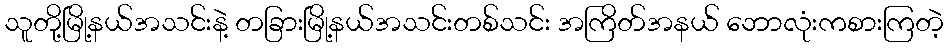
သူတို့မြို့နယ်အသင်းနဲ့ တခြားမြို့နယ်အသင်းတစ်သင်း အကြိတ်အနယ် ဘောလုံးကစားကြတဲ့